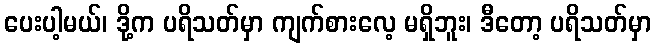
ပေးပါ့မယ်၊ ဒို့က ပရိသတ်မှာ ကျက်စားလေ့ မရှိဘူး၊ ဒီတော့ ပရိသတ်မှာ